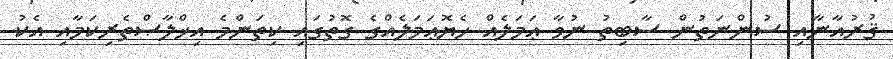
ޤުރުއާނާއި ސުންނަތުން ސާބިތު ނުވާ ޢަމަލެއް ހެޔޮޢަމަލެއްގެ ގޮތުގައި ކިތަންމެ އިޚްލާޞްތެރިކަމާއި އެކު